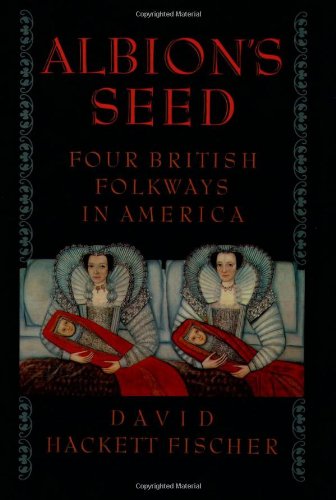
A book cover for Albion's Seed: Four British Folkways in America (America: a cultural history); David Hackett Fischer; Literature & Fiction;